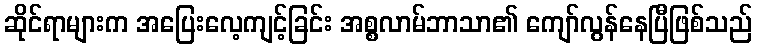
ဆိုင်ရာများက အပြေးလေ့ကျင့်ခြင်း အစ္စလာမ်ဘာသာ၏ ကျော်လွန်နေပြီဖြစ်သည်